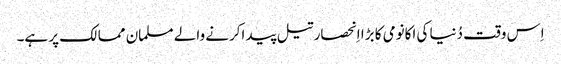
اِس وقت دُنیا کی اکانومی کا بڑا اِنحصار تیل پید اکرنے والے مسلمان ممالک پر ہے۔